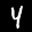
Label: 4